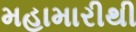
મહામારીથી